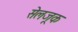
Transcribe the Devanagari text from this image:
सेलजूक